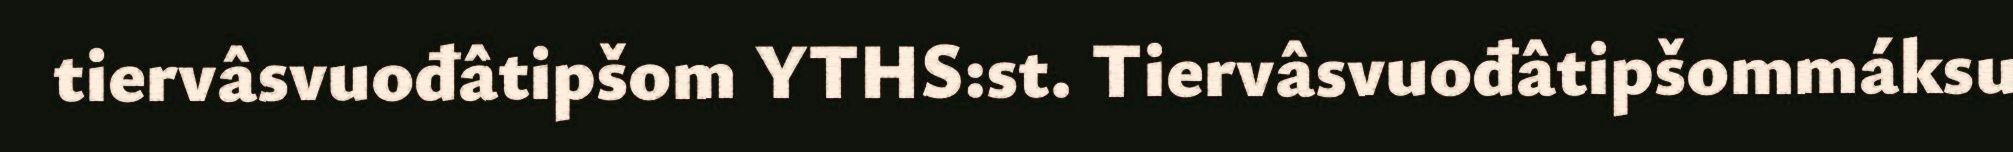
tiervâsvuođâtipšom YTHS:st. Tiervâsvuođâtipšommáksu